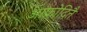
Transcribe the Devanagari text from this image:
आफ्रोदितै